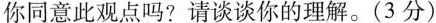
你同意此观点吗?请谈谈你的理解。(3分)